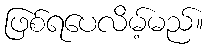
ဖြစ်ရပေလိမ့်မည်။